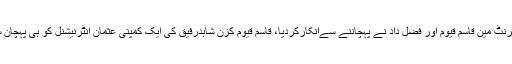
نیب رپورٹ میں کہا گیا شہبازشریف خاندان کوباہرسےرقوم بھیجنےوالی کمپنیوں کو فرنٹ مین قاسم قیوم اور فضل داد نے پہچاننے سےانکارکردیا، قاسم قیوم کزن شاہدرفیق کی ایک کمپنی عثمان انٹرنیشنل کو ہی پہچان سکا جبکہ فضل داد نے کسی بھی ایکسچینج کمپنی سےمتعلق مکمل لاعملی کااظہارکیا۔